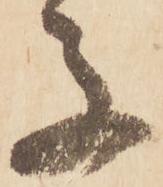
子